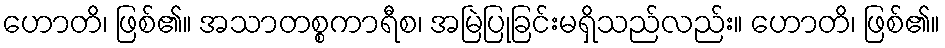
ဟောတိ၊ ဖြစ်၏။ အသာတစ္စကာရီစ၊ အမြဲပြုခြင်းမရှိသည်လည်း။ ဟောတိ၊ ဖြစ်၏။